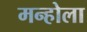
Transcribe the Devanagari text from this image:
मन्होला